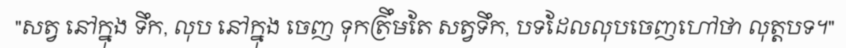
"សត្វ នៅក្នុង ទឹក, លុប នៅក្នុង ចេញ ទុកត្រឹមតែ សត្វទឹក, បទដែលលុបចេញហៅថា លុត្តបទ។"